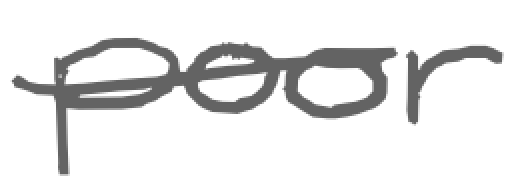
Text: poor
Cross-out: single-line
Writing tool: digital_gray